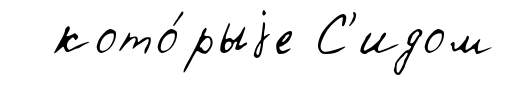
кото́рыjе С'идом